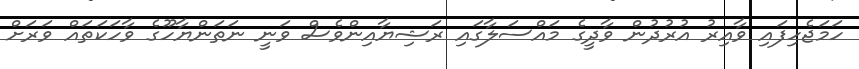
ހަމަޖެހިފައި ވާއިރު އުރުދުން ވާދީގެ މައްސަލާގައި ރަޝިޔާއިންވެސް ވަނީ ނަތަންޔާހޫގެ ވާހަކަތައް ވަރަށް